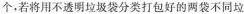
个，若将用不透明垃圾袋分类打包好的两袋不同垃